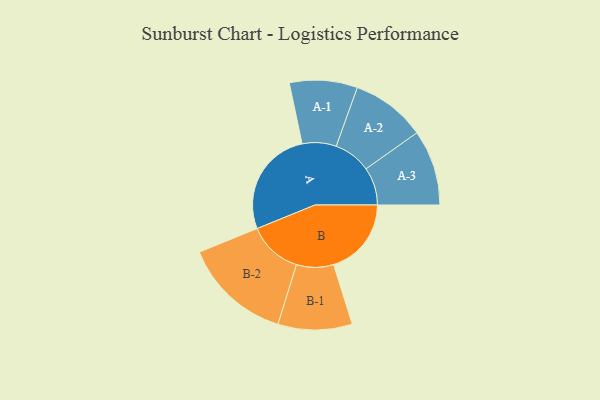
{"axis": {"x": "Segment", "y": "Value"}, "legend": ["", "A", "B"], "data": [{"x": "A", "y": 414, "type": ""}, {"x": "B", "y": 300, "type": ""}, {"x": "A-1", "y": 131, "type": "A"}, {"x": "A-2", "y": 144, "type": "A"}, {"x": "A-3", "y": 146, "type": "A"}, {"x": "B-1", "y": 143, "type": "B"}, {"x": "B-2", "y": 209, "type": "B"}]}